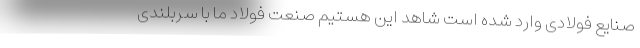
صنایع فولادی وارد شده است شاهد این هستیم صنعت فولاد ما با سربلندی